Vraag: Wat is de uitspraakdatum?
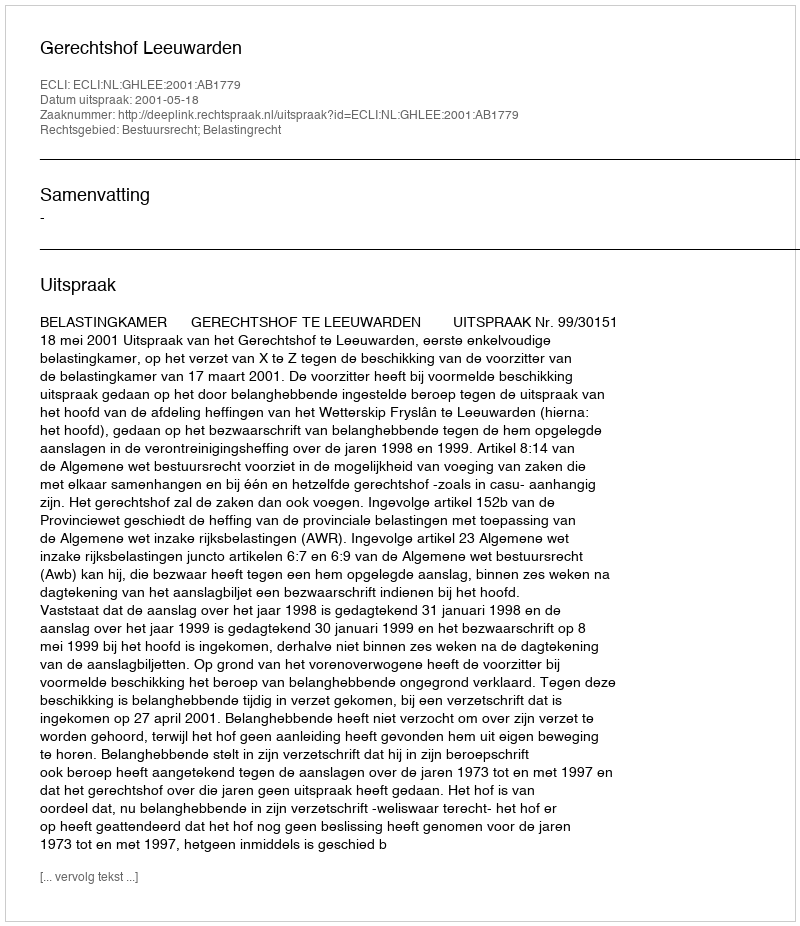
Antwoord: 2001-05-18